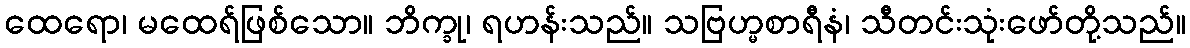
ထေရော၊ မထေရ်ဖြစ်သော။ ဘိက္ခု၊ ရဟန်းသည်။ သဗြဟ္မစာရီနံ၊ သီတင်းသုံးဖော်တို့သည်။